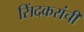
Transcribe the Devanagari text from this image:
सिंदकरांची